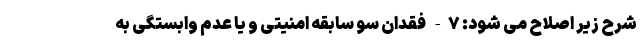
شرح زیر اصلاح می شود: ۷- فقدان سو سابقه امنیتی و یا عدم وابستگی به